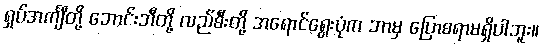
ရှပ်အင်္ကျီတို့ ဘောင်းဘီတို့ လည်စီးတို့ အရောင်ရွေးပုံက ဘာမှ ပြောစရာမရှိပါဘူး။